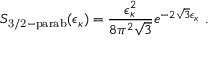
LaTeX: S _ { \mathrm { 3 / 2 - p a r a b } } ( \epsilon _ { \kappa } ) = \frac { \epsilon _ { \kappa } ^ { 2 } } { 8 \pi ^ { 2 } \sqrt { 3 } } e ^ { - 2 \sqrt { 3 } \epsilon _ { \kappa } } ~ .